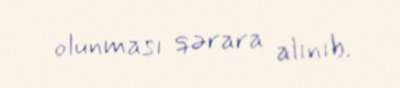
olunması qərara alınıb.